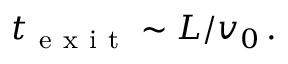
t _ { \mathrm { ~ e ~ x ~ i ~ t ~ } } \sim L / v _ { 0 } \, .